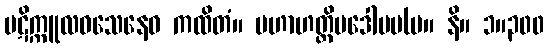
ပဋိက္ကူလဝသေနေဝ ကထိတံ။ မဟာဟတ္ထိပဒေါပမ(မ။ နိ။ ၁။၃၀၀